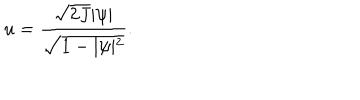
LaTeX: u = \frac { \sqrt { 2 J } \vert \psi \vert } { \sqrt { 1 - \vert \psi \vert ^ { 2 } } } .